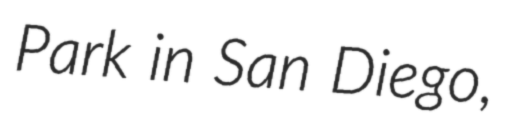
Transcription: Park in San Diego,